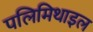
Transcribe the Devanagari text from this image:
पलिमिथाइल